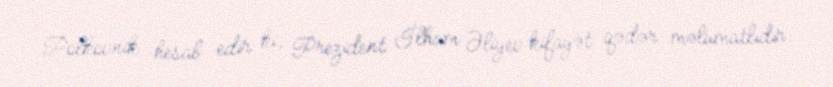
Polkovnik hesab edir ki, Prezident İlham Əliyev kifayət qədər məlumatlıdır: